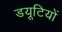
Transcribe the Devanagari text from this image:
डयूटियों